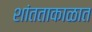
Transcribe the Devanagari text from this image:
शांतताकाळात